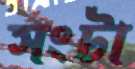
সংটা